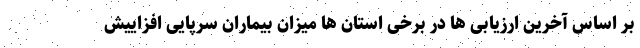
بر اساس آخرین ارزیابی ها در برخی استان ها میزان بیماران سرپایی افزاییش